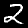
Label: 2